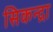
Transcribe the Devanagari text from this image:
सिकन्द्रा